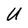
Character: U